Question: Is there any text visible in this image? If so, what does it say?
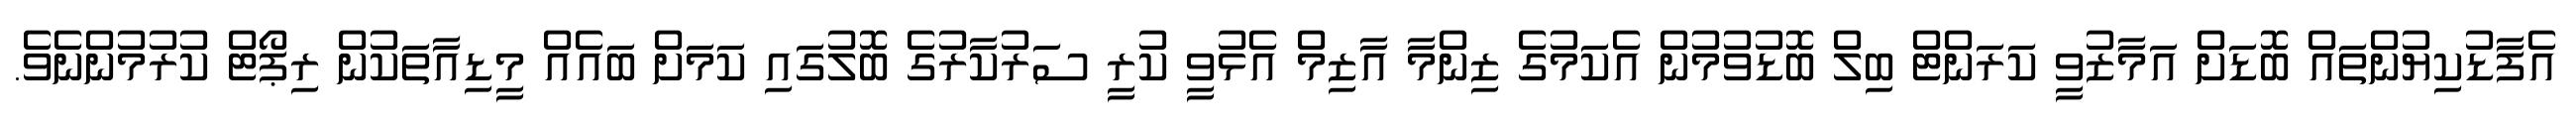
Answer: އެފާޑުކިޔުންތައް ބޮޑަށް އަމާޒުވީ ކަރަންޓް ބިލް ބޮޑުވުމުން އެކަމުގެ ޒިންމާ އާޒިމް އެޅުވީ ކުރީ ސަރުކާރުގެ ބޮލުގައި ކަމަށް ބައެއް މީޑިއާތަކުން ރިޕޯޓް ކުރުމުންނެވެ.